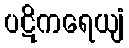
ပဋိကရေယျံ